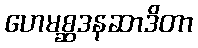
ဟေမစ္ဆဒနဆာဒိတာ